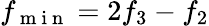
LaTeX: f_{\mathrm{~m~i~n~}}=2f_{3}-f_{2}